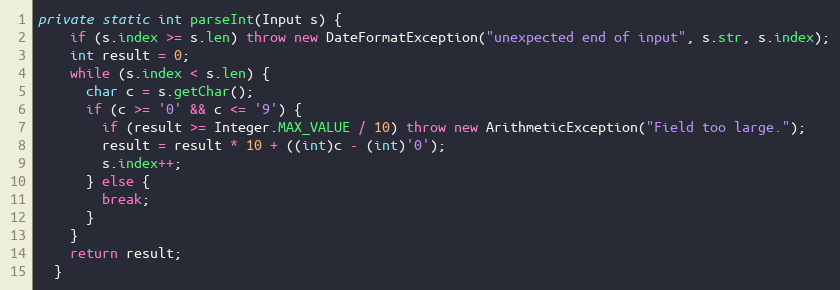
Language: Java
private static int parseInt(Input s) {
    if (s.index >= s.len) throw new DateFormatException("unexpected end of input", s.str, s.index);
    int result = 0;
    while (s.index < s.len) {
      char c = s.getChar();
      if (c >= '0' && c <= '9') {
        if (result >= Integer.MAX_VALUE / 10) throw new ArithmeticException("Field too large.");
        result = result * 10 + ((int)c - (int)'0');
        s.index++;
      } else {
        break;
      }
    }
    return result;
  }